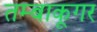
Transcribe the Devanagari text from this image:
तम्बाकूगर